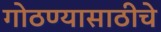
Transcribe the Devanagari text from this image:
गोठण्यासाठीचे